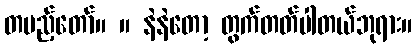
တပည့်တော်။ ။ နဲနဲတော့ တွက်တတ်ပါတယ်ဘုရား။